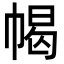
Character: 幆